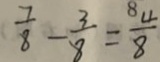
\frac { 7 } { 8 } - \frac { 3 } { 8 } = \frac { 4 } { 8 }